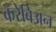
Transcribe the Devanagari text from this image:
कॅरेबिअन